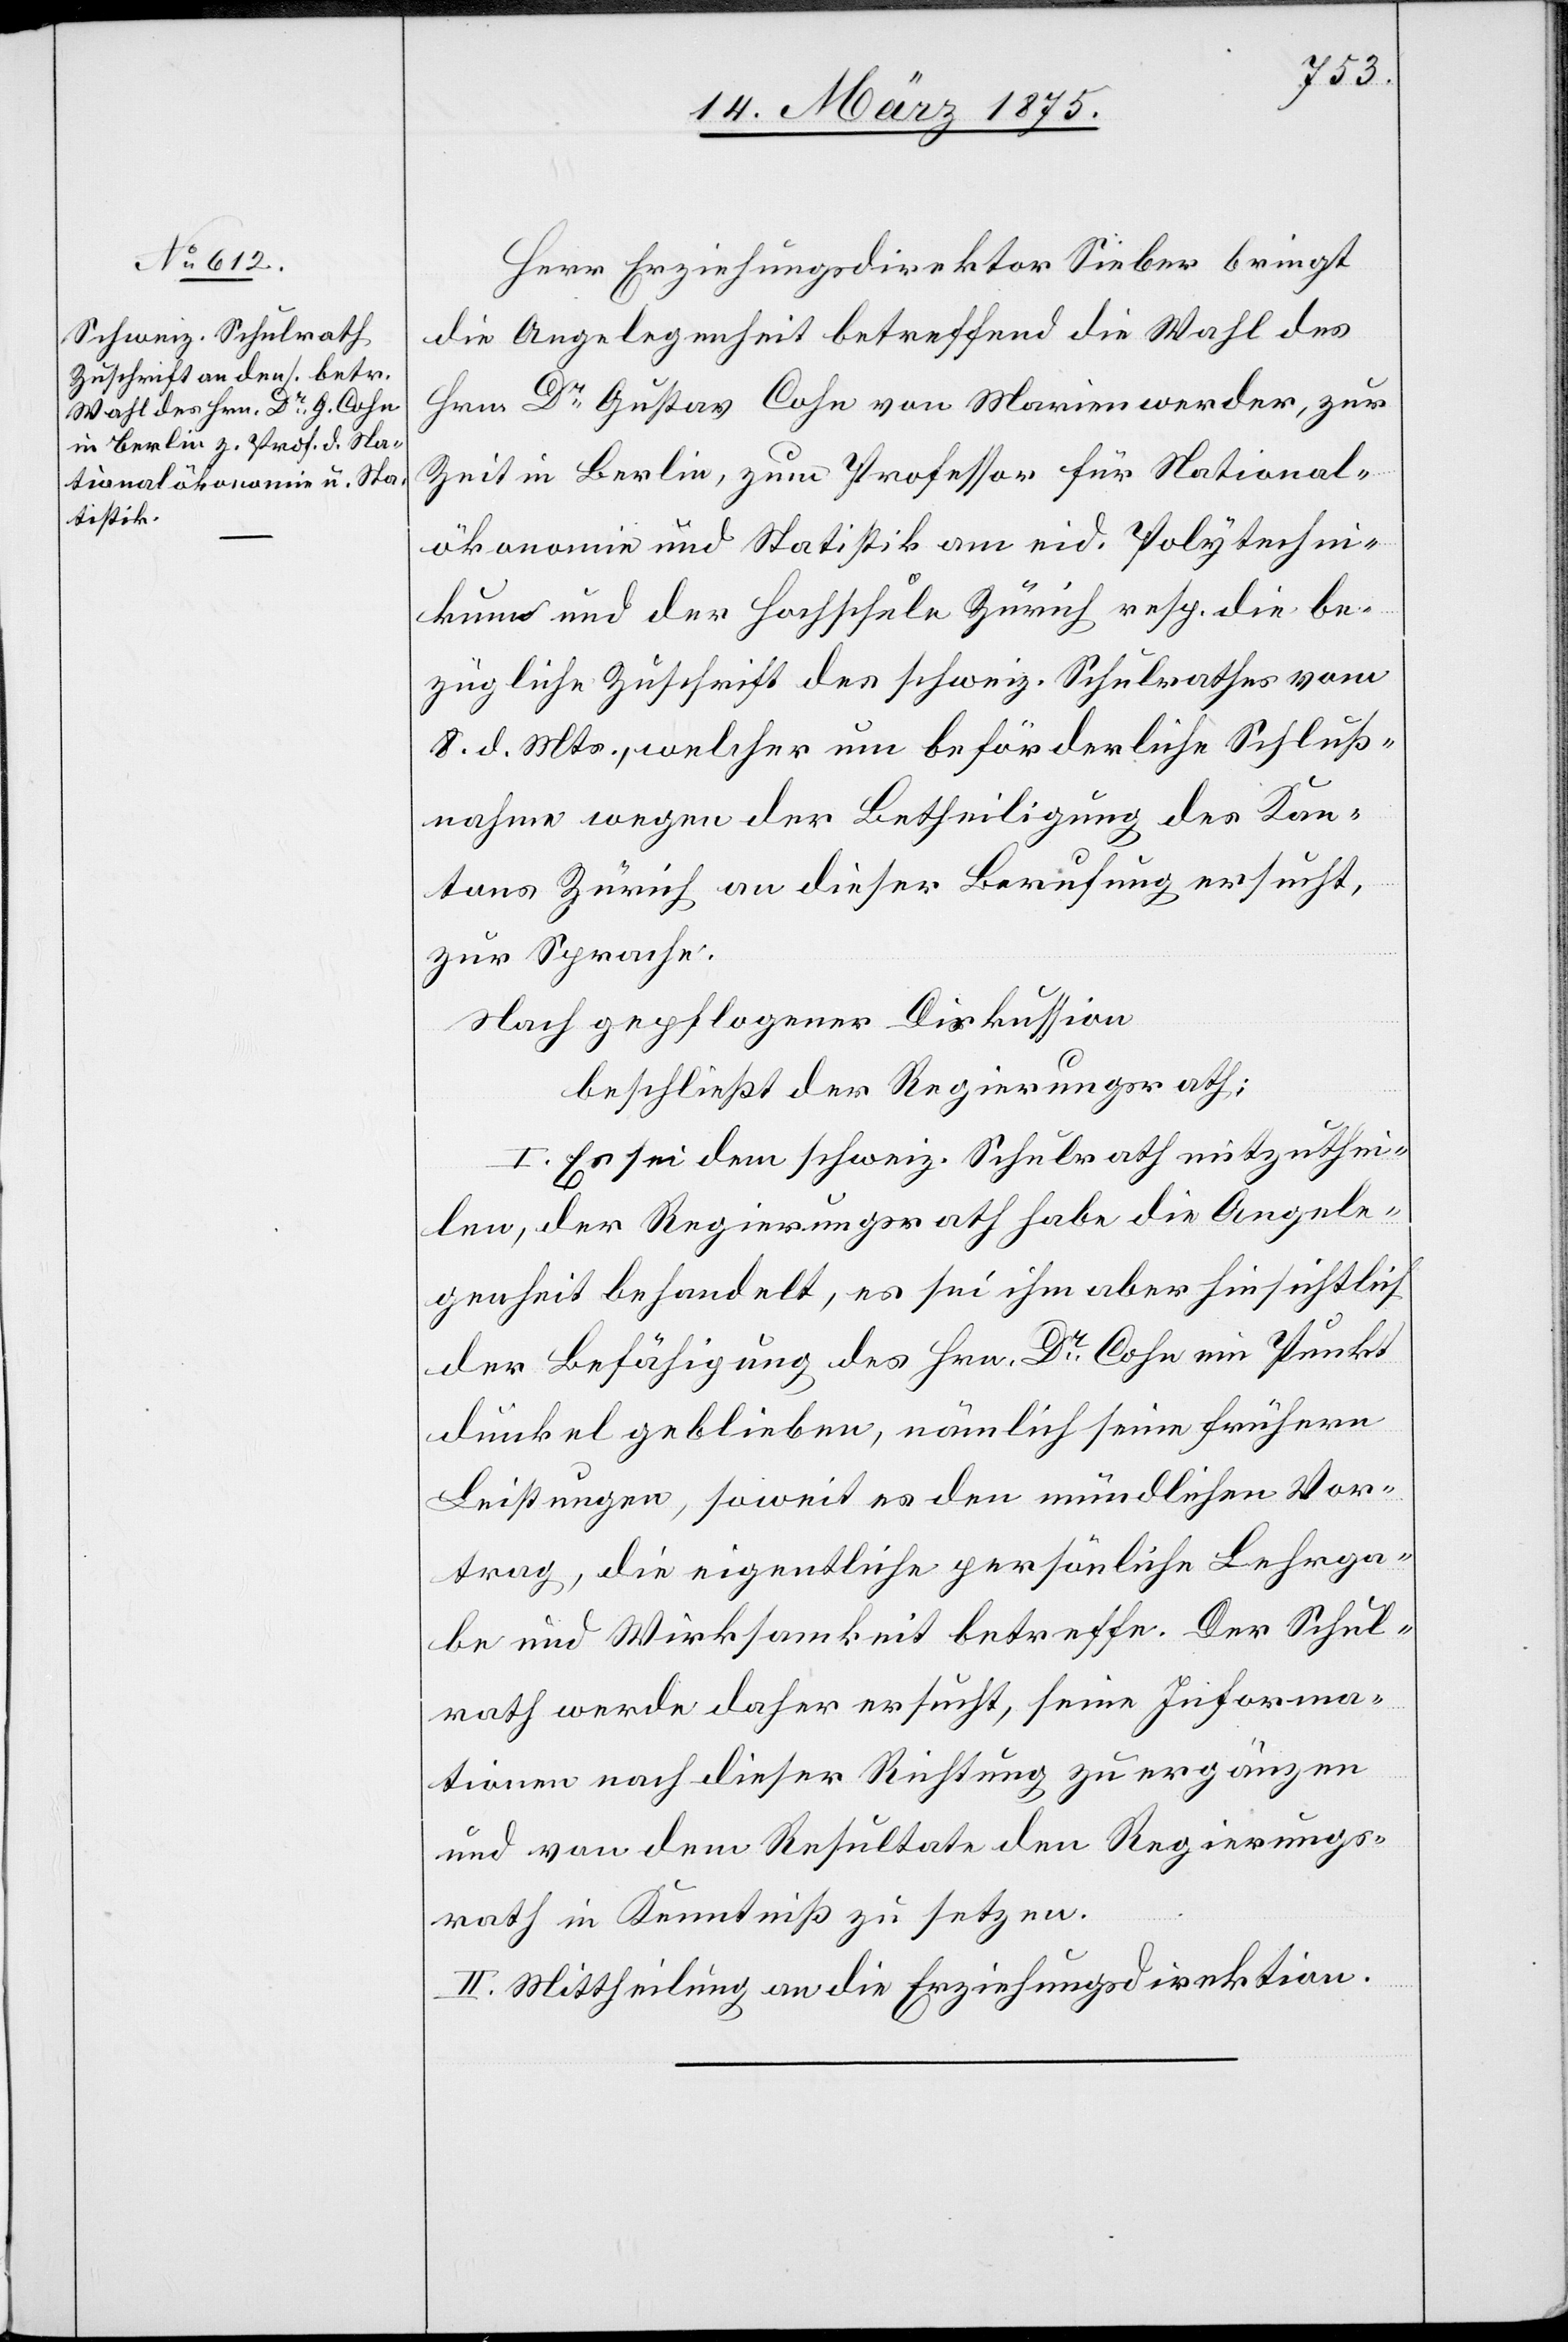
Herr Erziehungsdirektor Sieber bringt
die Angelegenheit betreffend die Wahl des
Hrn. Dr Gustav Cohn von Marienwerder, zur
Zeit in Berlin, zum Professor für National¬
ökonomie und Statistik am eid. Polytechni¬
kum und der Hochschule Zürich resp. die be¬
zügliche Zuschrift des schweiz. Schulrathes vom
8. d. Mts., welcher um beförderliche Schluß¬
nahme wegen der Betheiligung des Kan¬
tons Zürich an dieser Berufung ersucht,
zur Sprache.
Nach gepflogener Diskussion
beschließt der Regierungsrath:
I. Es sei dem schweiz. Schulrath mitzuthei¬
len, der Regierungsrath habe die Angele¬
genheit behandelt, es sei ihm aber hinsichtlich
der Befähigung des Hrn. Dr Cohn ein Punkt
dunkel geblieben, nämlich seine frühern
Leistungen, soweit es den mündlichen Vor¬
trag, die eigentliche persönliche Lehrga¬
be und Wirksamkeit betreffe. Der Schul¬
rath werde daher ersucht, seine Informa¬
tionen nach dieser Richtung zu ergänzen
und von dem Resultate den Regierungs¬
rath in Kenntniß zu setzen.
II. Mittheilung an die Erziehungsdirektion.